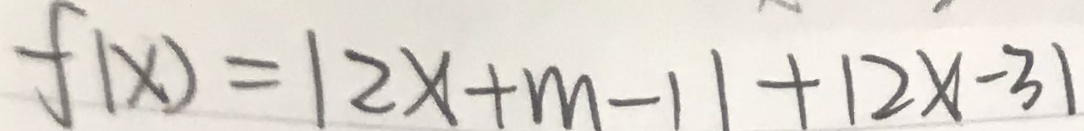
f ( x ) = 1 2 x + m - 1 1 + 1 2 x - 3 1